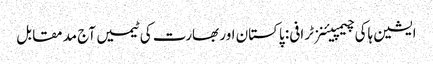
ایشین ہاکی چیمپیئنز ٹرافی: پاکستان اور بھارت کی ٹیمیں آج مد مقابل